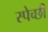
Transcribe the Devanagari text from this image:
स्पेच्छी